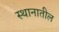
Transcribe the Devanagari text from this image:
स्थानातील